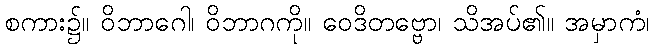
စကား၌။ ဝိဘာဂေါ၊ ဝိဘာဂကို။ ဝေဒိတဗ္ဗော၊ သိအပ်၏။ အမှာကံ၊